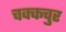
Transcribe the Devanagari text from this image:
चक्कचुर